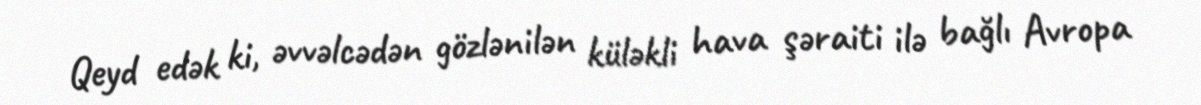
Qeyd edək ki, əvvəlcədən gözlənilən küləkli hava şəraiti ilə bağlı Avropa